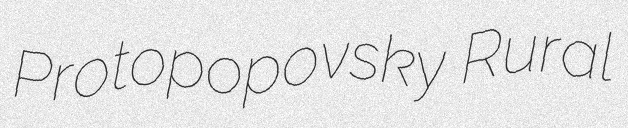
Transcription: Protopopovsky Rural